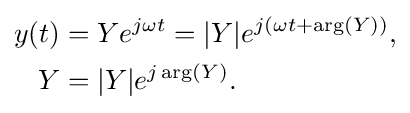
{\begin{aligned}y(t)&=Ye^{j\omega t}=|Y|e^{j(\omega t+\arg(Y))},\\Y&=|Y|e^{j\arg(Y)}.\end{aligned}}